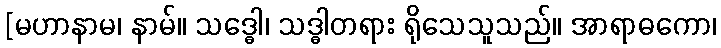
[မဟာနာမ၊ နာမ်။ သဒ္ဓေါ၊ သဒ္ဓါတရား ရိုသေသူသည်။ အာရာဓကော၊